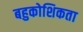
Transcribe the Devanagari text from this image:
बहुकोशिकता